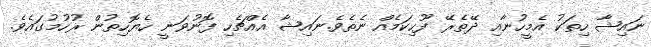
ނައިޝާ ހިތަކު އެމީހުނާއި ދޭތެރޭ ފޫހިކަމެއް ނެތެވެ.ނައިޝާ އެއްޗެހި ފޮނުވަނީ ހެޔޮހިތުން ރުހުމުގައެވެ.